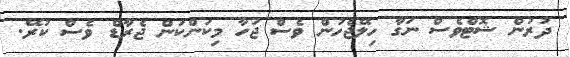
ދުރުން ޝޮޓްވެސް ނަގާ ހިލޭޖެހުން ވެސް ޖަހާ މިކަންކަން ޖެރާޑް ވެސް ކުރޭ.